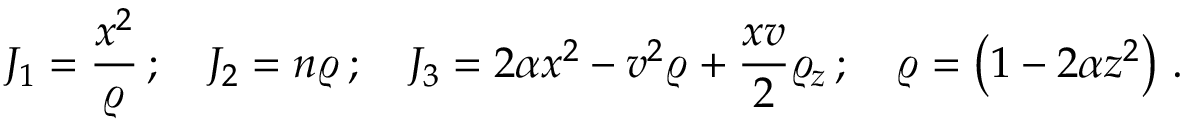
{ \cal { J } } _ { 1 } = \frac { x ^ { 2 } } { \varrho } \, ; \quad { \cal { J } } _ { 2 } = n \varrho \, ; \quad { \cal { J } } _ { 3 } = 2 \alpha x ^ { 2 } - v ^ { 2 } \varrho + \frac { x v } { 2 } \varrho _ { z } \, ; \quad \varrho = \left( 1 - 2 \alpha z ^ { 2 } \right) \, .